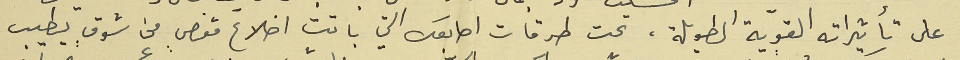
على تأثيراته القويّة الطويلة، تحت طرقات اصابعك التي باتت اضلاع قفصٍ من شوقٍ يطيب